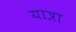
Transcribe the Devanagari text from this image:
यात्रा